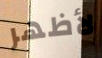
لأظهر